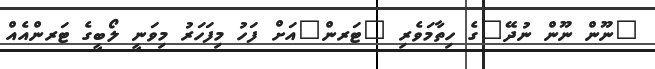
"ނޫން ނޫން ނުދޭ"ގެ ހިތާމަވެރި "ޓަރން"އަށް ފަހު މިފަހަރު މިވަނީ ލޯބީގެ ޓަރންއެއް